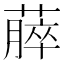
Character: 𫉡